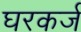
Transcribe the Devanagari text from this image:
घरकर्ज